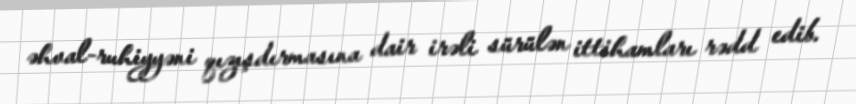
əhval-ruhiyyəni qızışdırmasına dair irəli sürülən ittihamları rədd edib.